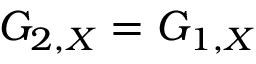
G _ { 2 , X } = G _ { 1 , X }